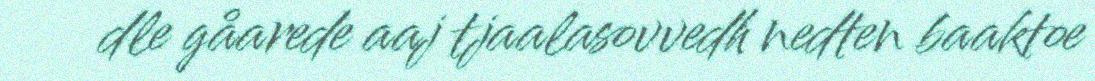
dle gåarede aaj tjaalasovvedh nedten baaktoe